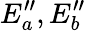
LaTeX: E_{a}^{\prime\prime},E_{b}^{\prime\prime}